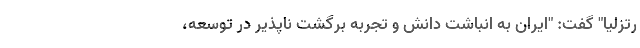
رتزلیا" گفت: "ایران به انباشت دانش و تجربه برگشت ناپذیر در توسعه،